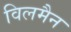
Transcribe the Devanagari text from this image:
विलमैन